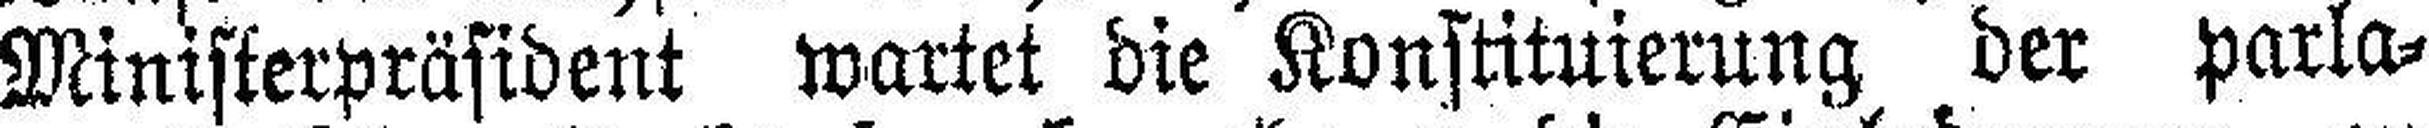
Ministerpräsident wartet die Konstituierung der parla¬